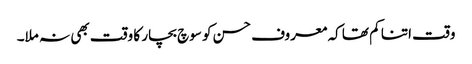
وقت اتنا کم تھا کہ معروف حسن کو سوچ بچار کا وقت بھی نہ ملا۔